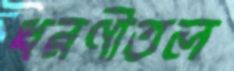
ধরণীতল